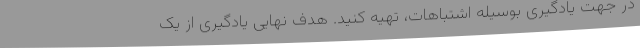
در جهت یادگیری بوسیله اشتباهات، تهیه کنید. هدف نهایی یادگیری از یک